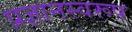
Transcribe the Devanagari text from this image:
प्रज्ञानस्वरूप